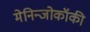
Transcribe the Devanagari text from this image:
मेनिन्जोकॉकी